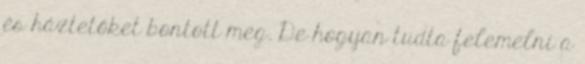
és háztetőket bontott meg. De hogyan tudta felemelni a